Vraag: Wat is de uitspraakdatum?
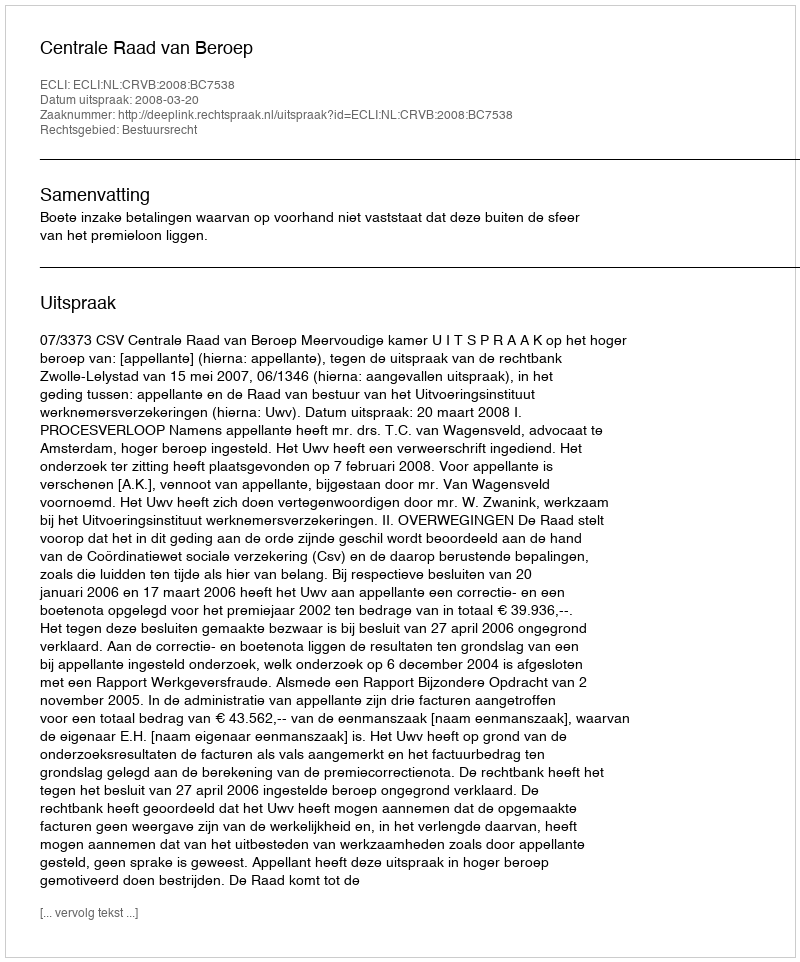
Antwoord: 2008-03-20